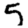
Digit: 5